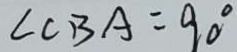
\angle C B A = 9 0 ^ { \circ }